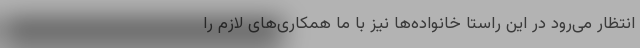
انتظار می‌رود در این راستا خانواده‌ها نیز با ما همکاری‌های لازم را